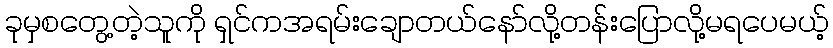
ခုမှစတွေ့တဲ့သူကို ရှင်ကအရမ်းချောတယ်နော်လို့တန်းပြောလို့မရပေမယ့်